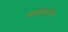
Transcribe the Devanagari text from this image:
सहरुस्तंभ